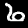
Label: 6